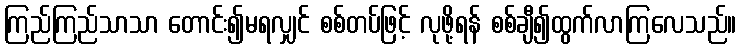
ကြည်ကြည်သာသာ တောင်း၍မရလျှင် စစ်တပ်ဖြင့် လုဖို့ရန် စစ်ချီ၍ထွက်လာကြလေသည်။